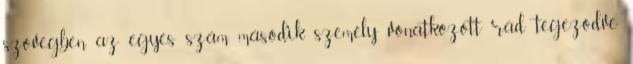
szövegben az egyes szám második személy vonatkozott rád tegeződve